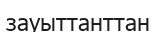
зауыттанттан